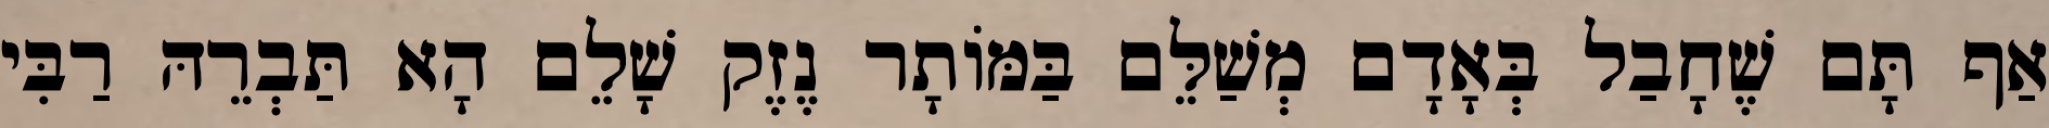
אַף תָּם שֶׁחָבַל בְּאָדָם מְשַׁלֵּם בַּמּוֹתָר נֶזֶק שָׁלֵם הָא תַּבְרֵהּ רַבִּי